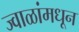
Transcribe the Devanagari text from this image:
ज्वाळांमधून